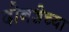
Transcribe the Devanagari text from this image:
दोनशेच्या